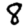
Digit: 8